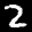
Label: 2